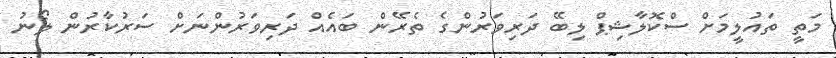
މަތީ ތައުލީމަށް ސްކޮލާޝިޕް ލިބޭ ދަރިވަރުންގެ ތެރޭން ބައެއް ދަރިވަރުންނަށް ސަރުކާރުން ލޯނު